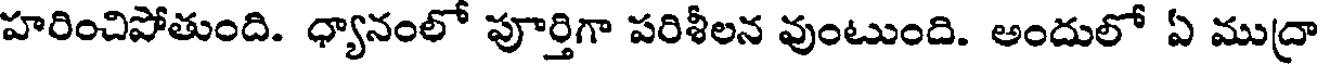
హరించిపోతుంది. ధ్యానంలో పూర్తిగా పరిశీలన వుంటుంది. అందులో ఏ ముద్రా